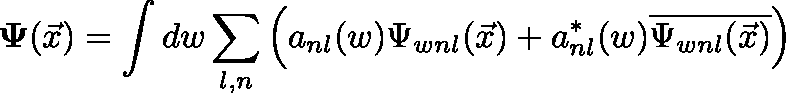
\mathbf { \Psi } ( \vec { x } ) = \int d w \sum _ { l , n } \left( a _ { n l } ( w ) \Psi _ { w n l } ( \vec { x } ) + a _ { n l } ^ { \ast } ( w ) \overline { { { \Psi _ { w n l } ( \vec { x } ) } } } \right)